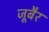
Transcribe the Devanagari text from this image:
जूबैर